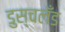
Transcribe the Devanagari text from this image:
डुस्चलँड